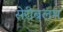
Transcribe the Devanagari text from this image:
सेरीबलम